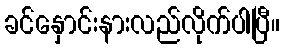
ခင်နှောင်းနားလည်လိုက်ပါပြီ။